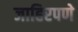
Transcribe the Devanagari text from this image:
जाहिरपणे